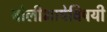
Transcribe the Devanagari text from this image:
बोलीभाषेविषयी